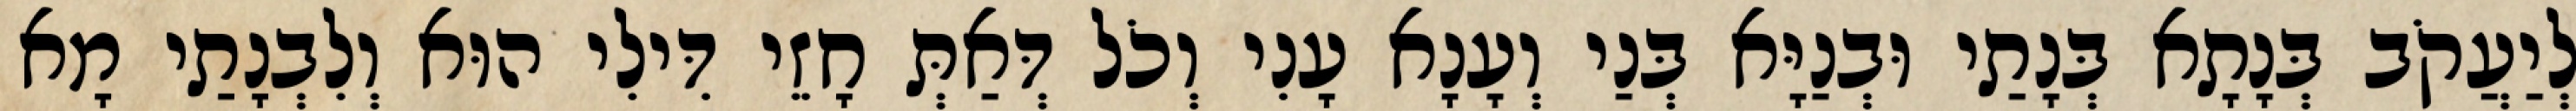
לְיַעֲקֹב בְּנָתָא בְּנָתַי וּבְנַיָּא בְּנַי וְעָנָא עָנִי וְכֹל דְּאַתְּ חָזֵי דִּילִי הוּא וְלִבְנָתַי מָא